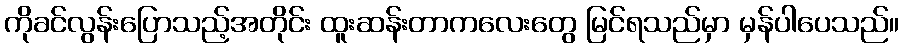
ကိုခင်လွန်းပြောသည့်အတိုင်း ထူးဆန်းတာကလေးတွေ မြင်ရသည်မှာ မှန်ပါပေသည်။